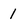
Character: 1